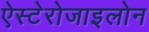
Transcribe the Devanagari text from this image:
ऐस्टेरोजाइलोन